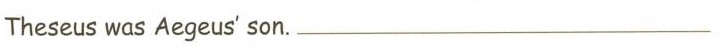
Theseus was Aegeus' son. ___